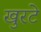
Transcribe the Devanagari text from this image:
खुरटे